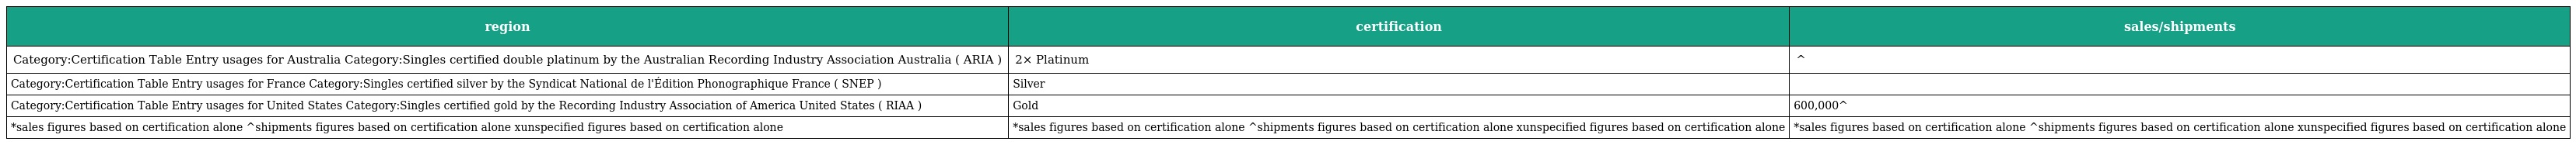
| region | certification | sales/shipments |
 | --- | --- | --- |
 | Category:Certification Table Entry usages for Australia Category:Singles certified double platinum by the Australian Recording Industry Association Australia ( ARIA ) | 2× Platinum | ^ |
 | Category:Certification Table Entry usages for France Category:Singles certified silver by the Syndicat National de l'Édition Phonographique France ( SNEP ) | Silver |  |
 | Category:Certification Table Entry usages for United States Category:Singles certified gold by the Recording Industry Association of America United States ( RIAA ) | Gold | 600,000^ |
 | *sales figures based on certification alone ^shipments figures based on certification alone xunspecified figures based on certification alone | *sales figures based on certification alone ^shipments figures based on certification alone xunspecified figures based on certification alone | *sales figures based on certification alone ^shipments figures based on certification alone xunspecified figures based on certification alone |